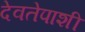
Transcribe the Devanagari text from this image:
देवतेपाशी